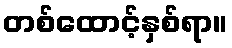
တစ်ထောင့်နှစ်ရာ။